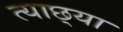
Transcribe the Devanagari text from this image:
त्याछ्या